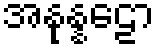
အနုန္နဠော